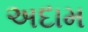
અદામ